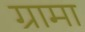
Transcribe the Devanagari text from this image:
ग्रामा